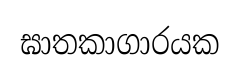
ඝාතකාගාරයක